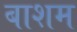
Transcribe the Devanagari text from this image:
बाशम